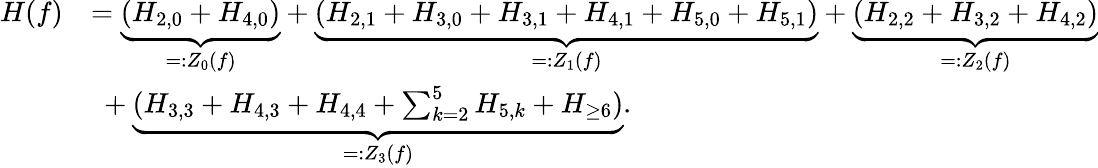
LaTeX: \begin{array}{rl}{H(f)}&{=\underbrace{(H_{2,0}+H_{4,0})}_{=:Z_{0}(f)}+\underbrace{(H_{2,1}+H_{3,0}+H_{3,1}+H_{4,1}+H_{5,0}+H_{5,1})}_{=:Z_{1}(f)}+\underbrace{(H_{2,2}+H_{3,2}+H_{4,2})}_{=:Z_{2}(f)}}\\ &{\ +\underbrace{(H_{3,3}+H_{4,3}+H_{4,4}+\sum_{k=2}^{5}H_{5,k}+H_{\ge 6})}_{=:Z_{3}(f)}.}\end{array}